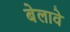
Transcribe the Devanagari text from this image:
बेलावे